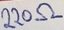
Text: 220Ω